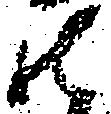
御